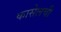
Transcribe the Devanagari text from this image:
कासेलची